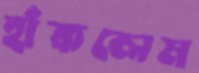
হাঁকলেম